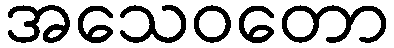
အသေဝတော